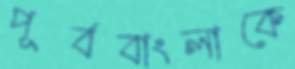
পূর্ববাংলাকে